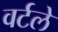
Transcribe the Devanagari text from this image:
वर्टले